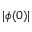
| \phi ( 0 ) |